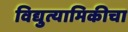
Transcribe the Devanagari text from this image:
विद्युत्यामिकीचा